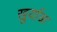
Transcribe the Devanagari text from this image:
खुर्याळ